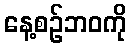
နေ့စဉ်ဘဝကို